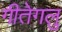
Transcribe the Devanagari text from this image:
गीतेगलु